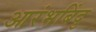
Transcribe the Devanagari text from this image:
आरंभबिंदु